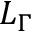
L _ { \Gamma }